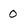
Character: 0